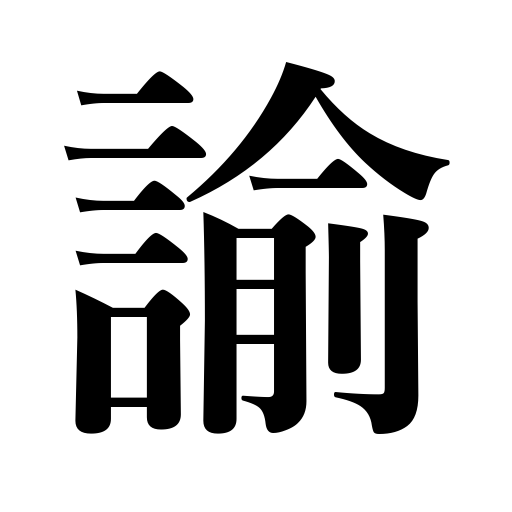
Meanings: counsel,charge,persuade,warn,make known to,admonish,remonstrate with